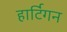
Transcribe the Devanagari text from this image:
हार्टिगन